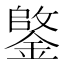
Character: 𫒺